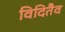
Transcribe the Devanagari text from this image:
विदितैव